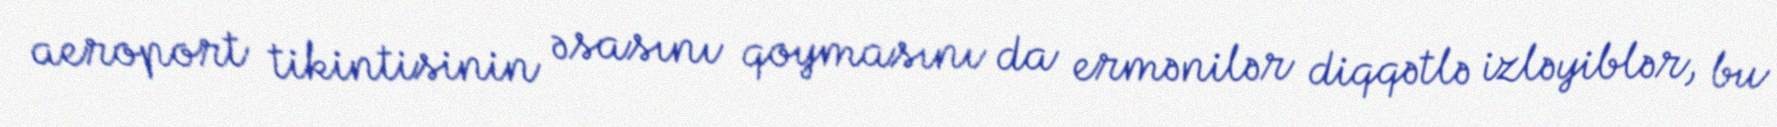
aeroport tikintisinin əsasını qoymasını da ermənilər diqqətlə izləyiblər, bu